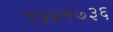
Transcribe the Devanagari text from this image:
१३४२७३६